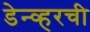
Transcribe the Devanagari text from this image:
डेन्व्हरची